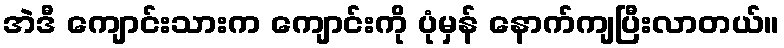
အဲဒီ ကျောင်းသားက ကျောင်းကို ပုံမှန် နောက်ကျပြီးလာတယ်။